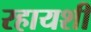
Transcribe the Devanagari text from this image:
रहायशी